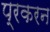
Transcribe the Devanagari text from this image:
प्रकरन